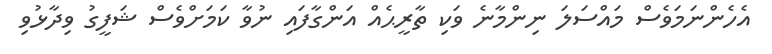
އެހެންނަމަވެސް މައްސަލަ ނިންމާނެ ވަކި ތާރީޙެއް އަންގާފައި ނުވާ ކަމަށްވެސް ޝަފީގު ވިދާޅުވި